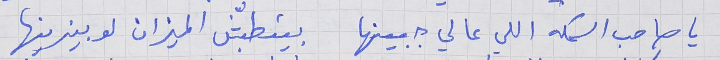
يا صاحب السمكه اللي عالي جبينها     بيتطبّش الميزان لو بيزينها